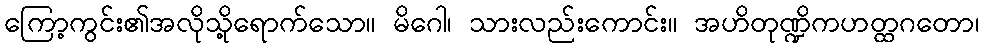
ကြော့ကွင်း၏အလိုသို့ရောက်သော။ မိဂေါ၊ သားလည်းကောင်း။ အဟိတုဏ္ဍိကဟတ္ထဂတော၊